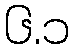
၆.၁